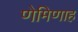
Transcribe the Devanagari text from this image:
णेमिणाह